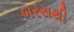
બરસથી